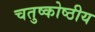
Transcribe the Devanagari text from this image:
चतुष्कोष्ठीय